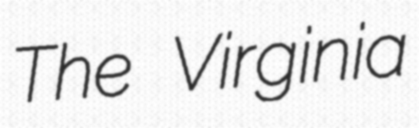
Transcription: The Virginia